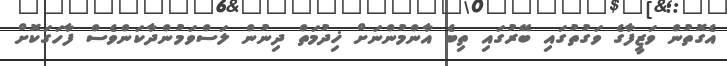
އެގޮތުން ވަޒީފާގެ ވަގުތުގައި ބޭރުގައި ތިބެ އާންމުންނަށް ޚިދުމަތް ދިނުން ލަސްވަމުންދާކަންވެސް ފާހަގަކޮށް